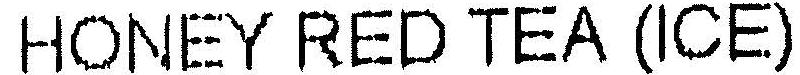
HONEY RED TEA (ICE)